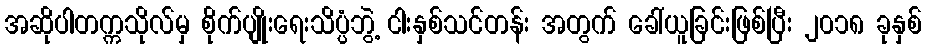
အဆိုပါတက္ကသိုလ်မှ စိုက်ပျိုးရေးသိပ္ပံဘွဲ့ ငါးနှစ်သင်တန်း အတွက် ခေါ်ယူခြင်းဖြစ်ပြီး ၂၀၁၈ ခုနှစ်